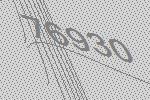
76930